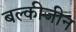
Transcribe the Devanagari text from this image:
बल्कीजीन